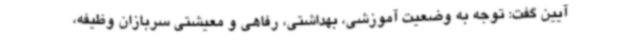
آیین گفت: توجه به وضعیت آموزشی، بهداشتی، رفاهی و معیشتی سربازان وظیفه،